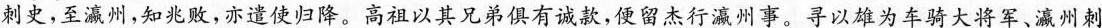
刺史，至瀛州，知兆败，亦遣使归降。高祖以其兄弟俱有诚款，便留杰行瀛州事。寻以雄为车骑大将军、瀛州刺